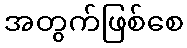
အတွက်ဖြစ်စေ